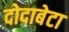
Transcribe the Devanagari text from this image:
दोदाबेटा